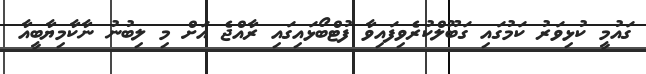
ގައުމީ ކުޅިވަރު ކަމުގައި ގަބޫލްކުރެވިފައިވާ ފުޓްބޯޅައިގައި ރާއްޖެ އަށް މި ލިބުނު ނާކާމިޔާބީއާ